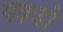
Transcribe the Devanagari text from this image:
पकडो